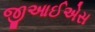
જીઆઈએસ